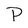
Character: P